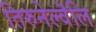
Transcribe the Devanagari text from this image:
तिरुनेल्वॆलि